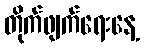
တိုက်ဖျက်ရေးနေ့